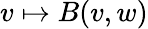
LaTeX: v\mapsto B(v,w)